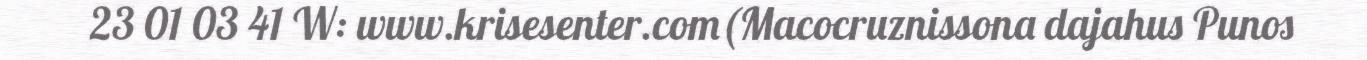
23 01 03 41 W: www.krisesenter.com(Macocruznissona dajahus Punos